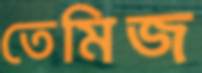
তেমিজ